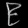
Digit: ၉